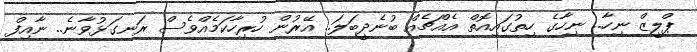
ޕްލީޒް ނިހާ.. ނިހާގެ ހިތުގައިއޮތް އެއްޗެއް ބުނެދީބަލަ.. އޭރުން ހުރިހާކަމެއްވެސް ރަނގަޅުވާނެ.. ނާއިފް